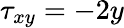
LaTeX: \tau_{xy}=-2y